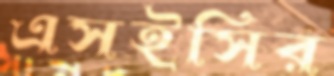
এসইসির